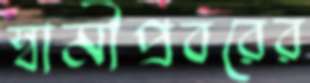
স্বামীপ্রবরের